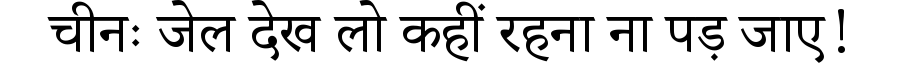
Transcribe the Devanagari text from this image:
चीनः जेल देख लो कहीं रहना ना पड़ जाए!